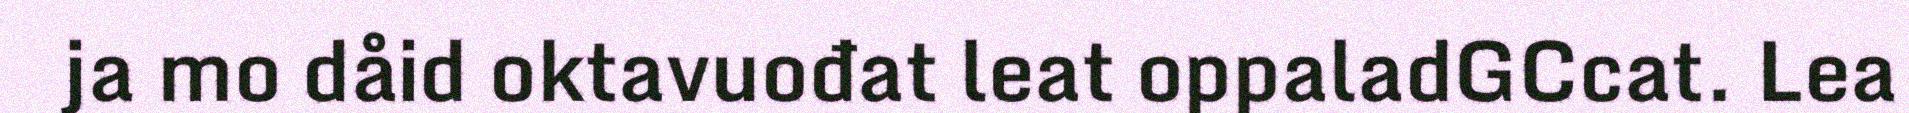
ja mo dåid oktavuođat leat oppaladGCcat. Lea